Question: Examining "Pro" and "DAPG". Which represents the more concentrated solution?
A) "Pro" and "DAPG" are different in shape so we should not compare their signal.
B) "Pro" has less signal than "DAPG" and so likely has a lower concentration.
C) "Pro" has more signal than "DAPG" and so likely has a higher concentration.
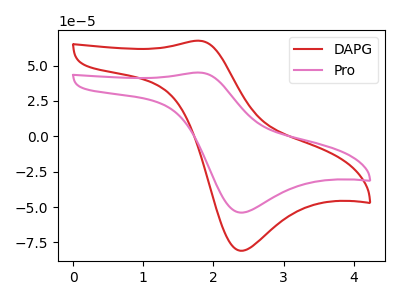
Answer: <think>The red curve "DAPG" has an anodic peak at (1.80V, 67.50uA) and a cathodic peak at (2.40V, -80.95uA). The pink curve "Pro" has an anodic peak at (1.80V, 45.00uA) and a cathodic peak at (2.40V, -53.95uA).
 All the peaks in "Pro" have a peak in "DAPG" at the same potential. Every peak in "Pro" is lower than every peak in "DAPG".</think>
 <answer>B) "Pro" has less signal than "DAPG" and so likely has a lower concentration.</answer>
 <eval>B</eval>